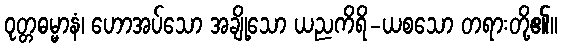
ဝုတ္တဓမ္မာနံ၊ ဟောအပ်သော အချို့သော ယညကိရိ-ယစသော တရားတို့၏။